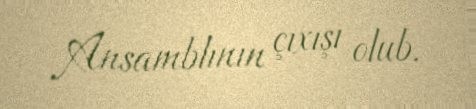
Ansamblının çıxışı olub.